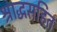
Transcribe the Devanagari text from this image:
श्राद्धसहित